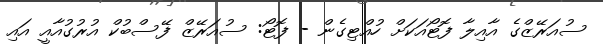
ސުއަރޭޒްގެ އާއިލާ ފޮޓޯއަކަށް ހުއްޓިގެން - ފޮޓޯ: ސުއަރޭޒް ފޭސްބުކް އުރުގުއާއީ އައި